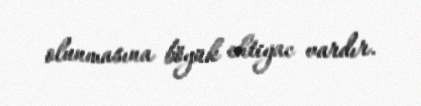
olunmasına böyük ehtiyac vardır.